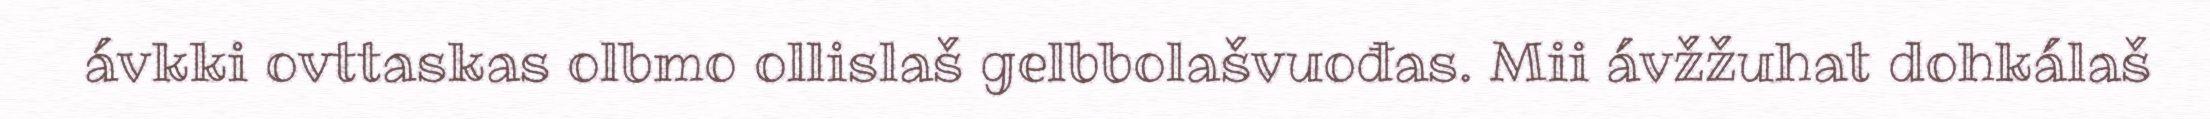
ávkki ovttaskas olbmo ollislaš gelbbolašvuođas. Mii ávžžuhat dohkálaš